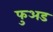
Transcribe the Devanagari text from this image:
फुअड